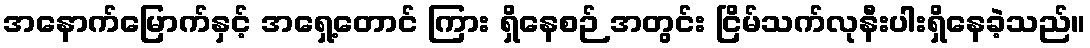
အနောက်မြောက်နှင့် အရှေ့တောင် ကြား ရှိနေစဉ် အတွင်း ငြိမ်သက်လုနီးပါးရှိနေခဲ့သည်။